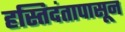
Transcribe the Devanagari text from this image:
हस्तिदंतापासून